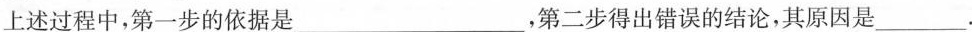
上述过程中，第一步的依据是___，第二步得出错误的结论，其原因是___.